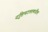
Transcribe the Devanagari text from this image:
दृष्टिपटलामधील